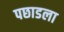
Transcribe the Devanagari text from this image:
पछाडला